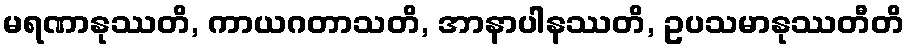
မရဏာနုဿတိ, ကာယဂတာသတိ, အာနာပါနဿတိ, ဥပသမာနုဿတီတိ